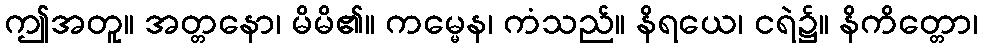
ဤအတူ။ အတ္တနော၊ မိမိ၏။ ကမ္မေန၊ ကံသည်။ နိရယေ၊ ငရဲ၌။ နိကိတ္တော၊